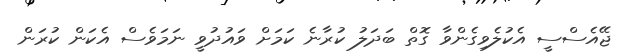
ޖޭއެސްސީ އެކުލެވިގެންވާ ގޮތް ބަދަލު ކުރާނެ ކަމަށް ވައުދުވީ ނަމަވެސް އެކަން ކުރަން